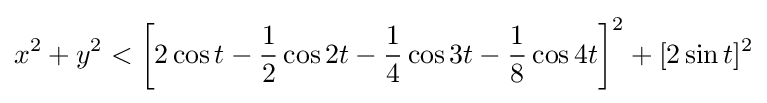
x^{2}+y^{2}<\left[2\cos t-{\frac {1}{2}}\cos 2t-{\frac {1}{4}}\cos 3t-{\frac {1}{8}}\cos 4t\right]^{2}+[2\sin t]^{2}